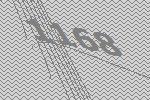
1168